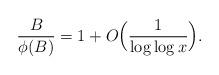
LaTeX: \begin{align*}\frac{B}{\phi(B)}=1+O\Bigl(\frac{1}{\log\log{x}}\Bigr).\end{align*}